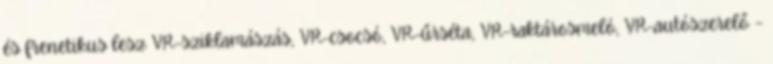
és frenetikus lesz VR-sziklamászás, VR-csocsó, VR-űrséta, VR-raktárosmeló, VR-autószerelő –